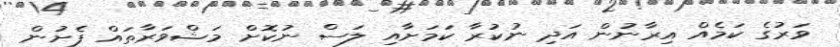
ވަރުގެ ކަމެއް އިރާނުން އަދި ނުކުރާ ކަމަށާއި ލަސް ނުކޮށް މަޝްވަރާތައް ފެށުން